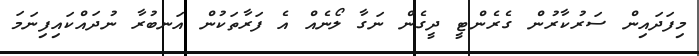
މިފަދައިން ސަރުކާރުން ގެރެންޓީ ދީގެން ނަގާ ލޯނެއް އެ ފަރާތަކުން އަނބުރާ ނުދައްކައިފިނަމަ